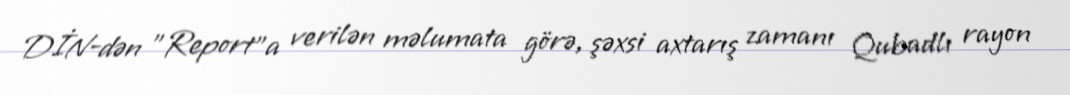
DİN-dən "Report"a verilən məlumata görə, şəxsi axtarış zamanı Qubadlı rayon